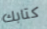
كتابك